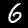
Digit: 6